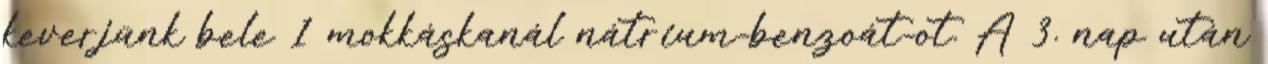
keverjünk bele 1 mokkáskanál nátrium-benzoát-ot. A 3. nap után